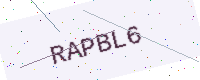
Text: RAPBL6